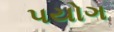
પયોગ